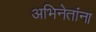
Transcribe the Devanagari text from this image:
अभिनेतांना